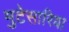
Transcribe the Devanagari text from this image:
मुटेसारिया